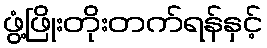
ဖွံ့ဖြိုးတိုးတက်ရန်နှင့်